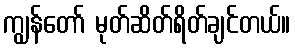
ကျွန်တော် မုတ်ဆိတ်ရိတ်ချင်တယ်။